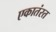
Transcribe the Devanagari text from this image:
एकातंरत